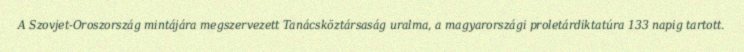
A Szovjet-Oroszország mintájára megszervezett Tanácsköztársaság uralma, a magyarországi proletárdiktatúra 133 napig tartott.